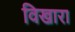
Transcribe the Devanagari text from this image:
विखारा